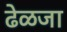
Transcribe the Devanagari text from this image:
ढेळजा